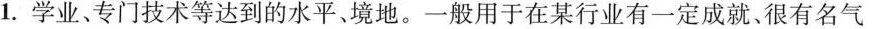
1.学业、专门技术等达到的水平。境地。一般用于在某行业有一定成就、很有名气